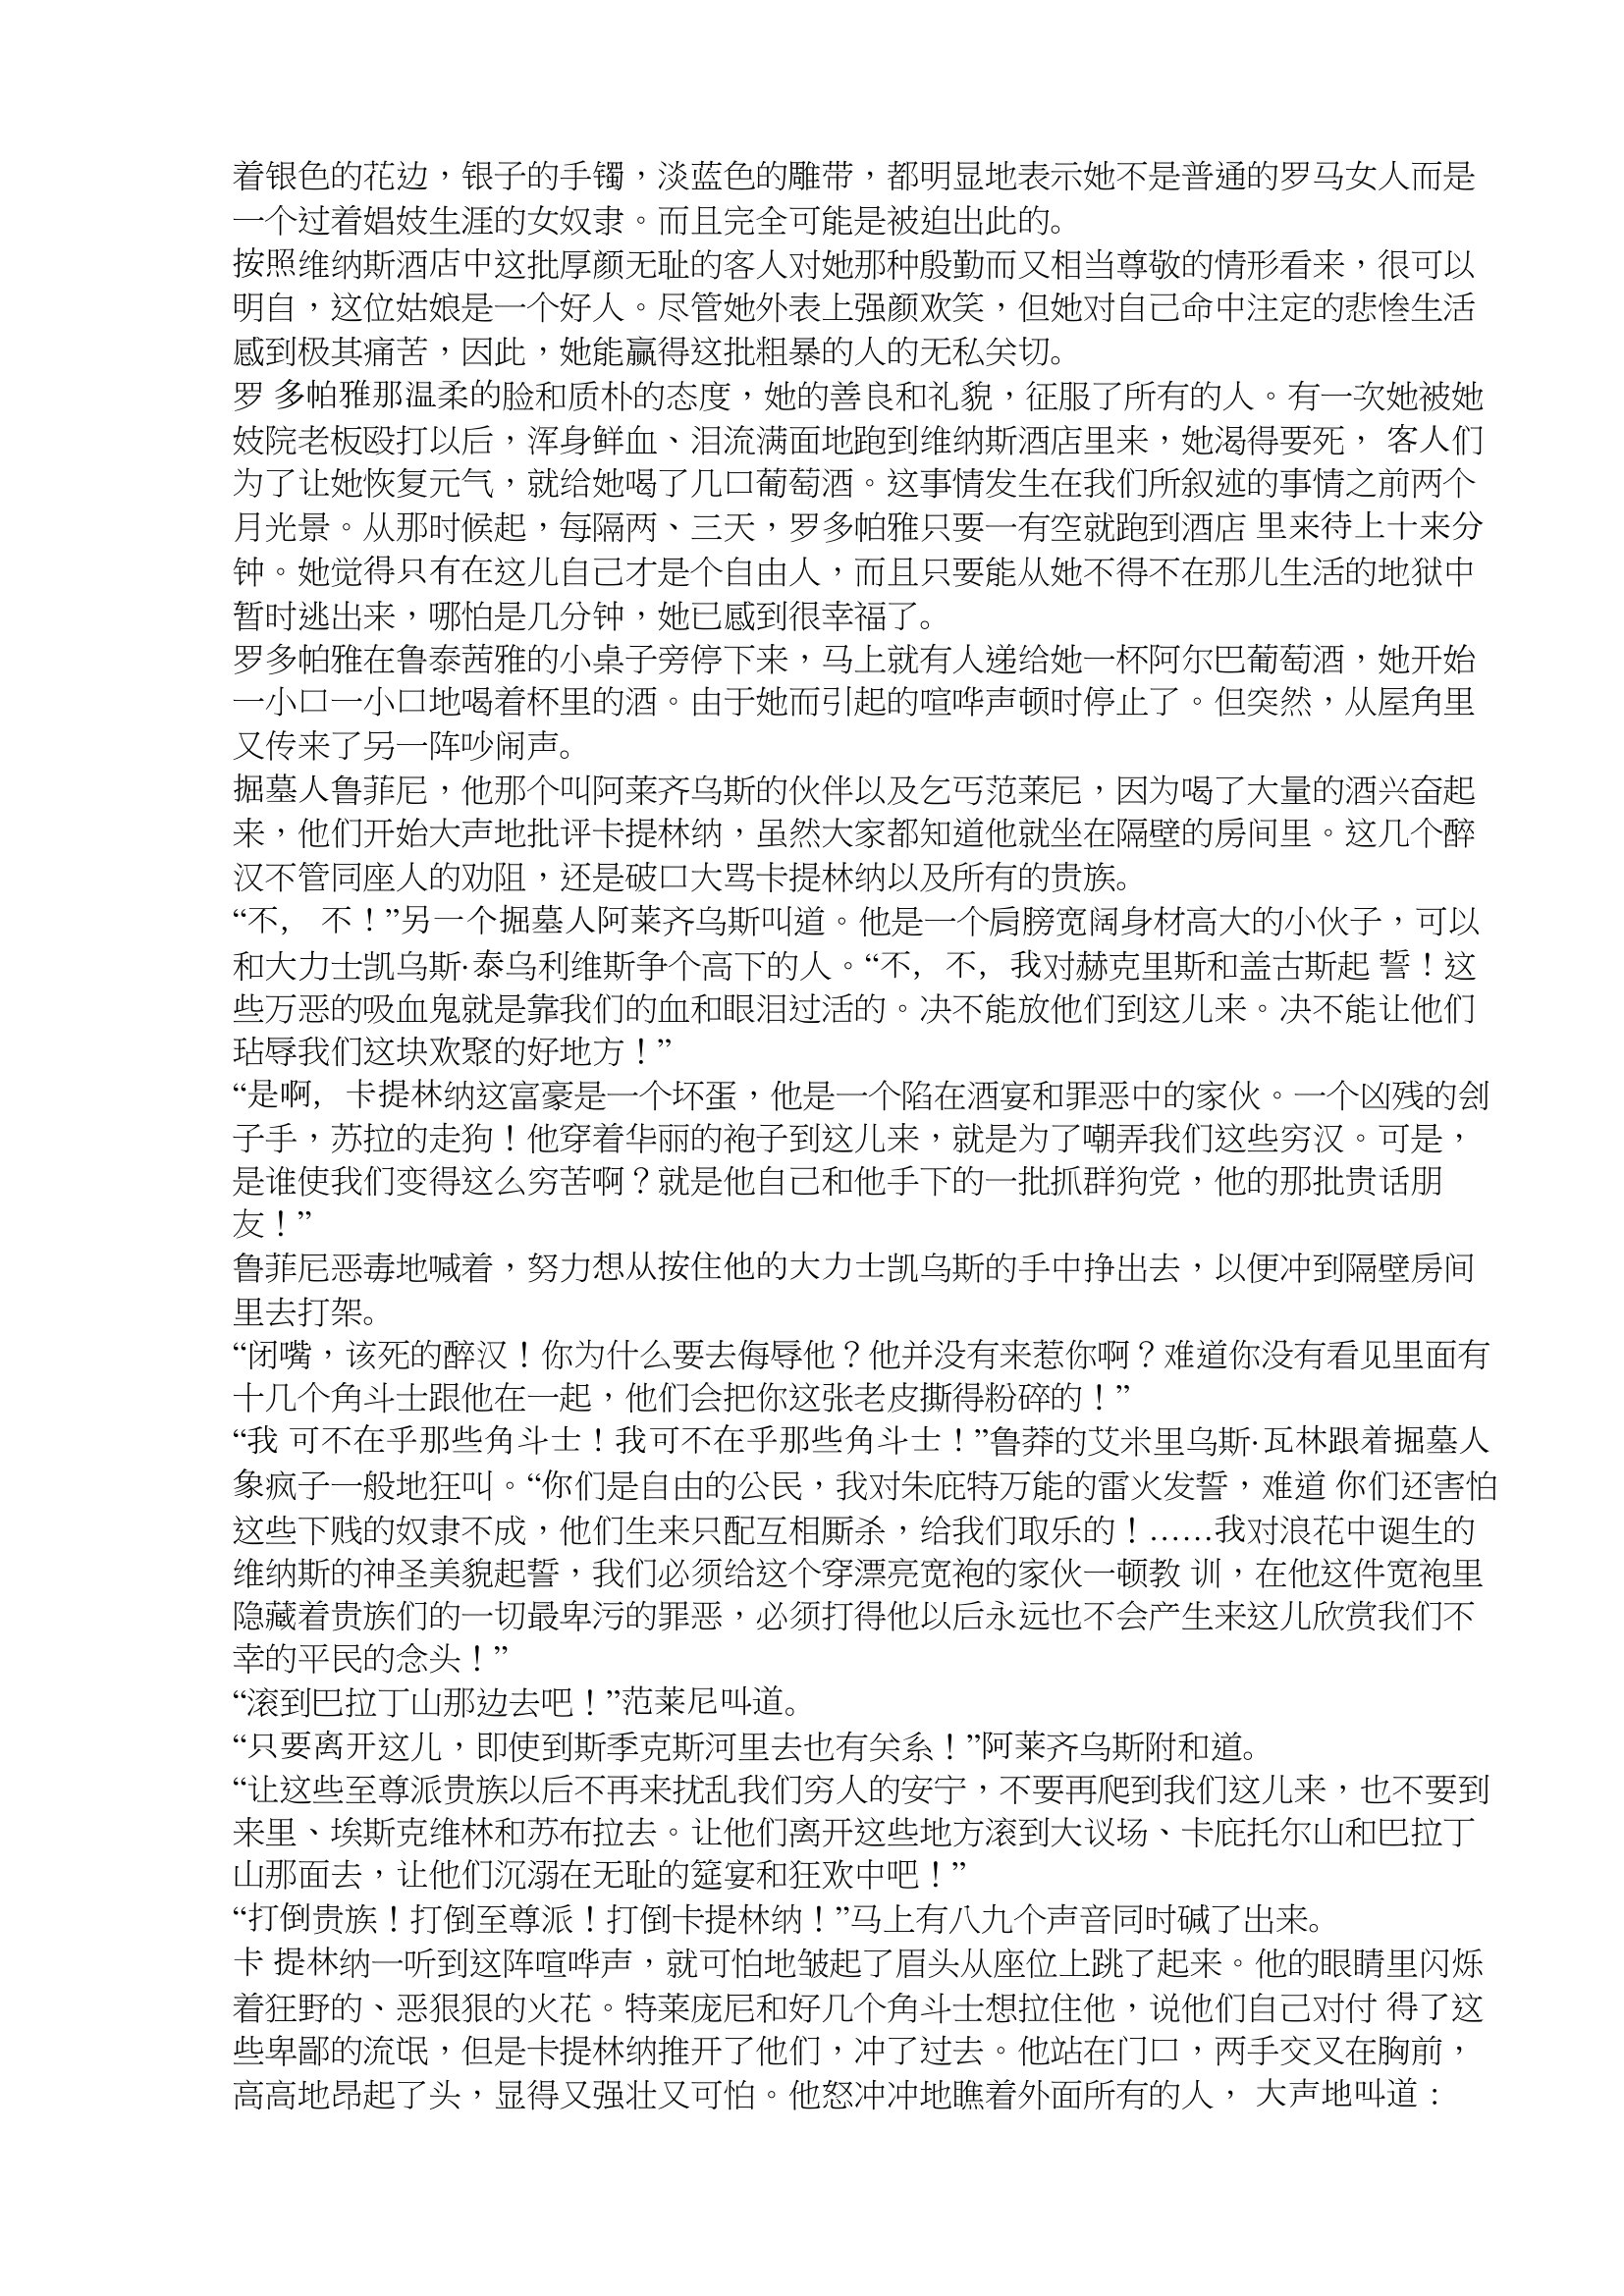
Language: zh